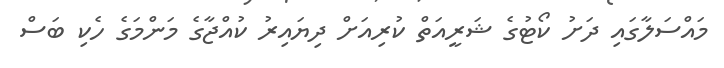
މައްސަލާގައި ދަށު ކޯޓުގެ ޝަރީއަތް ކުރިއަށް ދިޔައިރު ކުއްޖާގެ މަންމަގެ ހެކި ބަސް